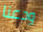
ودعنا